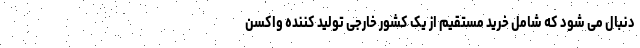
دنبال می شود که شامل خرید مستقیم از یک کشور خارجی تولید کننده واکسن